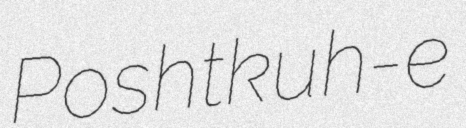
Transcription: Poshtkuh-e